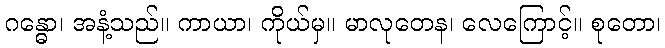
ဂန္ဓော၊ အနံ့သည်။ ကာယာ၊ ကိုယ်မှ။ မာလုတေန၊ လေကြောင့်။ စုတော၊